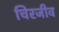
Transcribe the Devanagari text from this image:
चिरजीव